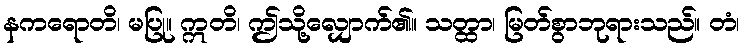
နကရောတိ၊ မပြု။ ဣတိ၊ ဤသို့လျှောက်၏။ သတ္ထာ၊ မြတ်စွာဘုရားသည်။ တံ၊